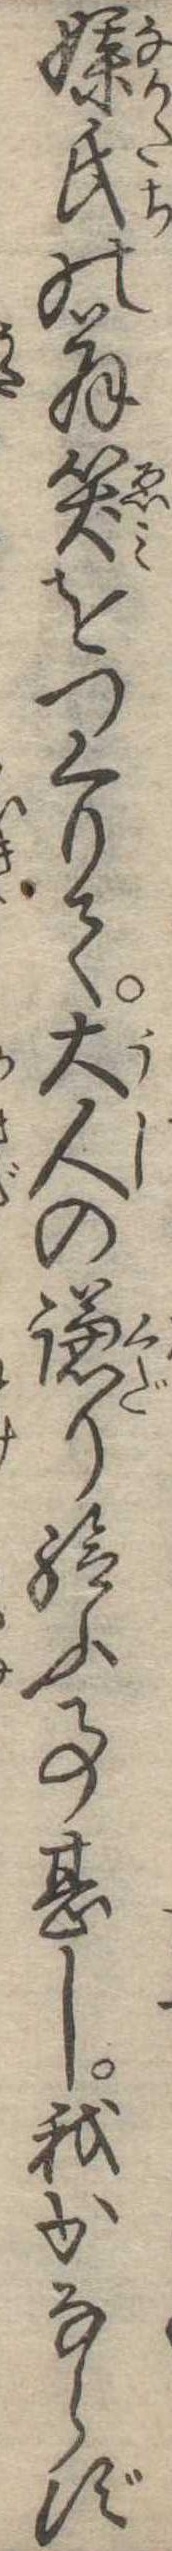
媒氏の翁笑をつくりて大人の謙り給ふ事甚し我かならず